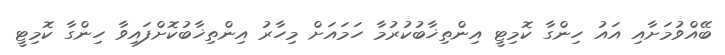
ބޭއްވުމަށާއި އައު ހިންގާ ކޮމިޓީ އިންތިޚާބުކުރުމާ ހަމައަށް މިހާރު އިންތިޚާބުކޮށްފައިވާ ހިންގާ ކޮމިޓީ